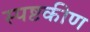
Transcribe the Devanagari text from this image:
स्पष्टकीण